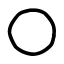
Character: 〇